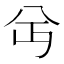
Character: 𫤫